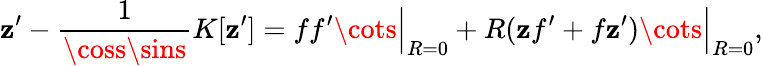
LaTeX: \mathbf{z}^{\prime}-\frac{{1}}{{\coss\sins}}K[\mathbf{z}^{\prime}]=\Bigl.ff^{\prime}\cots\Bigr|_{R=0}+\Bigl.R(\mathbf{z}f^{\prime}+f\mathbf{z}^{\prime})\cots\Bigr|_{R=0},